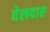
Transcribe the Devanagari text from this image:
वेलदार